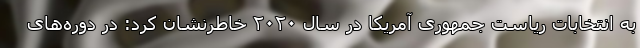
به انتخابات ریاست جمهوری آمریکا در سال ۲۰۲۰ خاطرنشان کرد: در دوره‌های